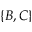
\{ B , C \}